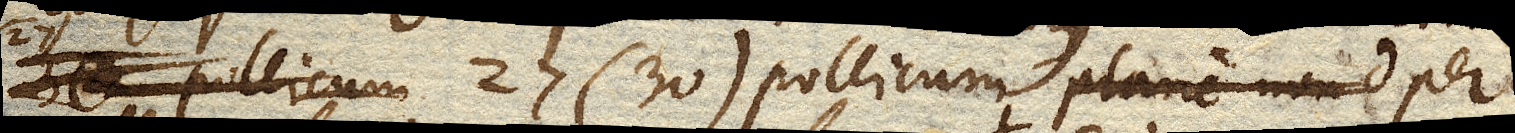
_ pollicum 27 (30) pollicum plane non d per